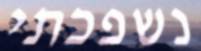
נשפכתי